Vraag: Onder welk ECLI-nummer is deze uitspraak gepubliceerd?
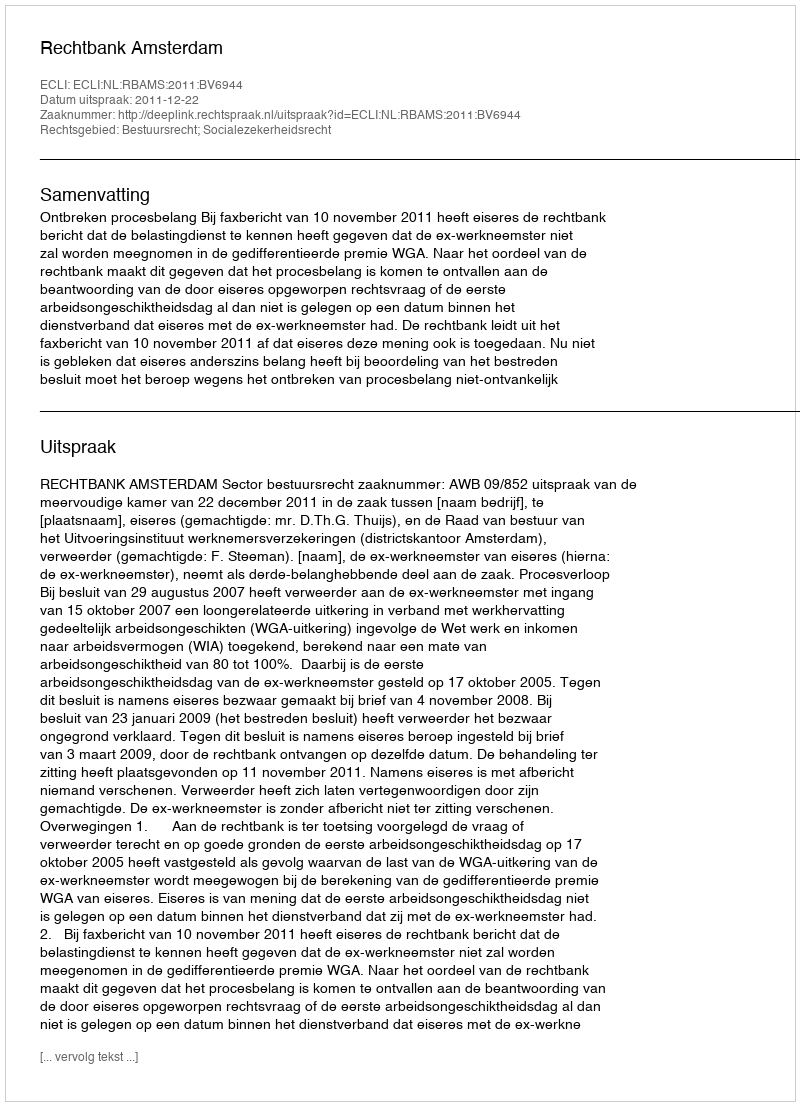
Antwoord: ECLI:NL:RBAMS:2011:BV6944